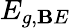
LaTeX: E_{g,\mathbf{B}E}